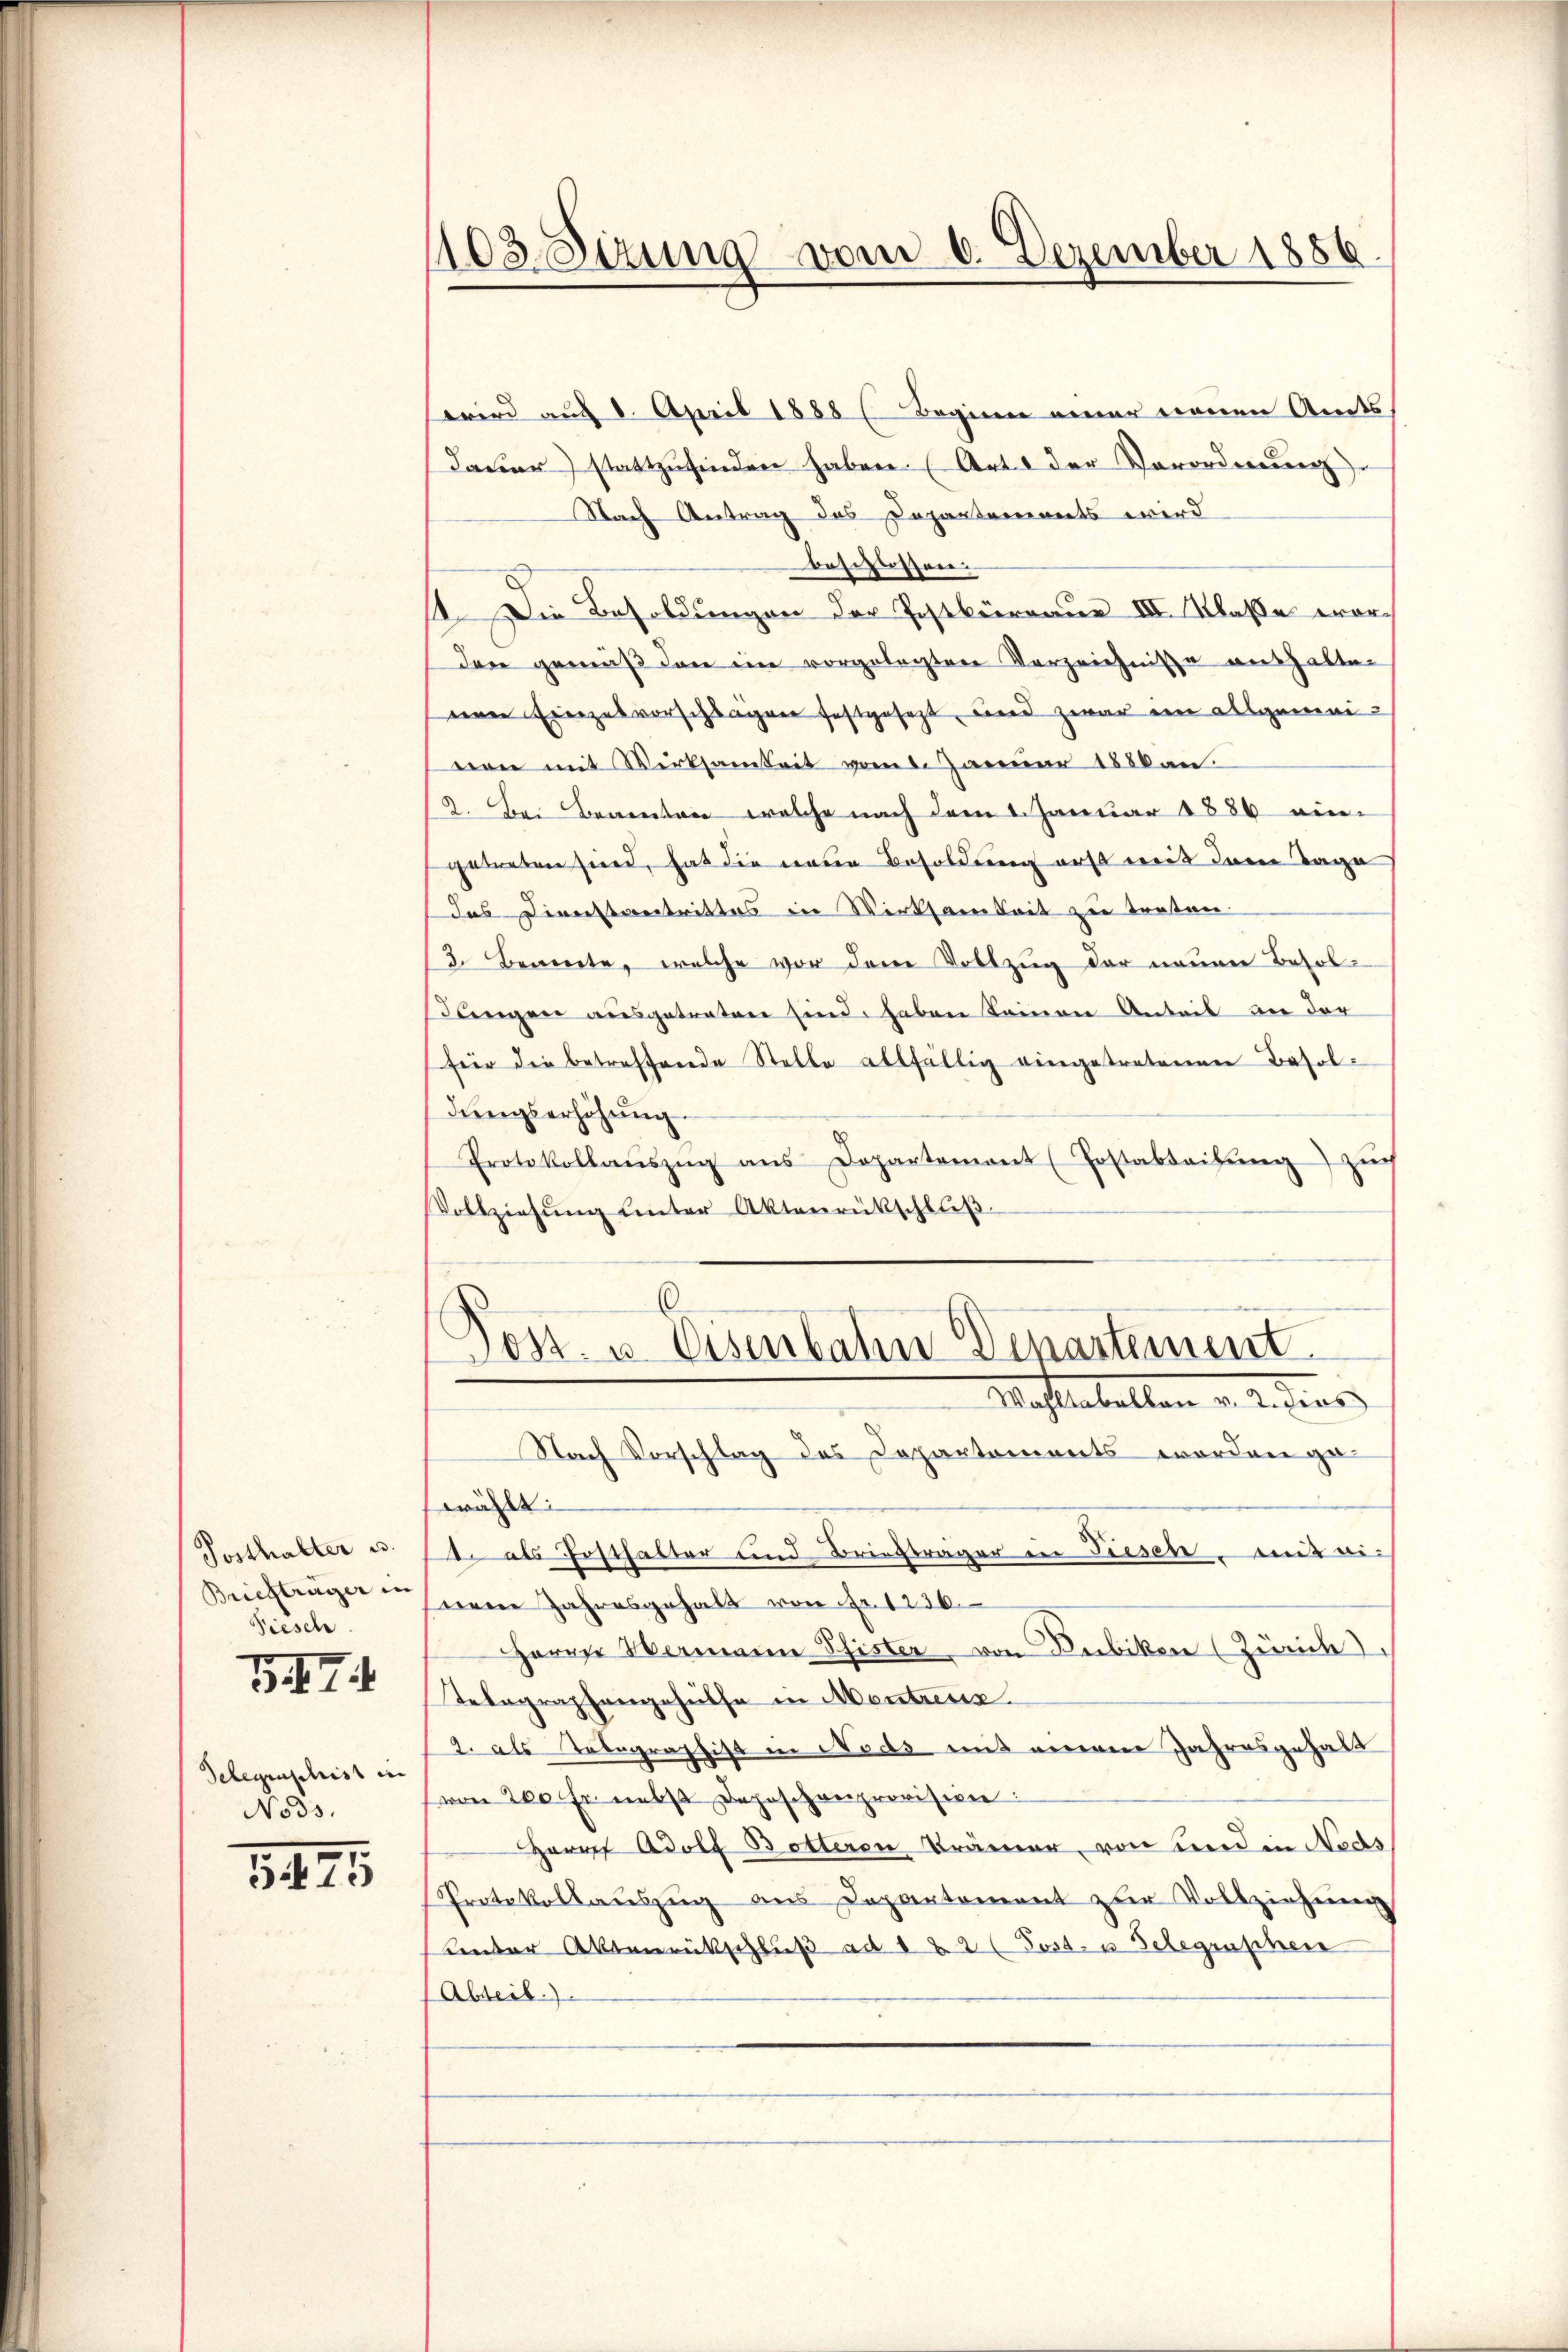
Posthalter u.
Briefträger in
Fiesch

II

Gelegenschrist in
Nods.

5475

wird auf 8. April 1888 (Beginne einer einen Amts
Dauer) stattzufinden haben (Art. der Vorordnung
Nach Antrag des Departements wird
beschlossen.
11. Die Besoldungen der Postkürraus III. Klasse worden gemäß den ein vorgelegten Verzeichnisse aushalten
eeren Einzelvorschlagen festgesezt, und zwar im allgemeivon mit Wirksamkeit vom 1. Januar 1886 an.
2. Bei Beamten welche nach dem 1. Januar 1886 eine
getreten sind, hat die neue Besoldung erst mit dem Tage
das Diverstantrittes in Wirksamkeit zu treten
3. Benente, welche vor den Vollzug der neuen Besol¬
Dingere ausgetraten sind, haben keineren Anteil an der
für die betreffende Stelle allfällig eingetretenen Besoldungserhöhung.
Protokollaŭszŭg ans Departement (Postabteilŭng zŭ
Vollziehŭng ŭnter Aktenrückschlŭβ

103 Sizung vom 6. Dezember 1886.

.
Posz. u. Visenbahn Dipartement
Mafterbellen v. 2. dies
Nach Vorschlag des Departements worden ge¬

wählt:
I. als Posthalter und Briefträger in Tiesen. mit einem Jahresgehalt von Fr. 1236.
Herrn Wermann Schister von Bubikon (Zürich
Telegraphengehülfe in Mentress
2. als Telegraphist in Noss mit einem Jahresgehalt
von 200 Fr. nebst Depeschenprovision:
Herr Adolf Botteren Krämer, von und in Nods
Protokollaŭszŭg ans Departement zur Vollziehŭng
kender Aktenrückschluß ad 1 & 2 (Post- u Belegenschen
Abteil).